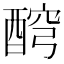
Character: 𨡗